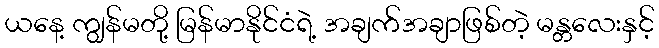
ယနေ့ ကျွန်မတို့ မြန်မာနိုင်ငံရဲ့ အချက်အချာဖြစ်တဲ့ မန္တလေးနှင့်